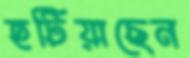
হটিয়াছেন